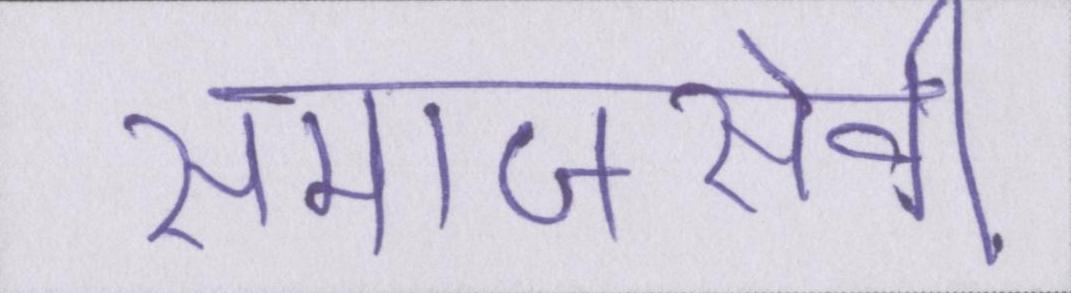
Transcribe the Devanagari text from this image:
समाजसेवी